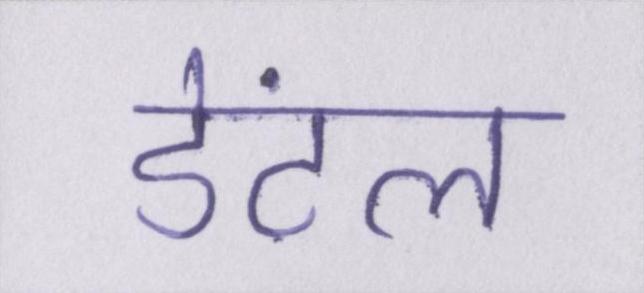
डेंटल